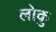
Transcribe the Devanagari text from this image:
लोकु